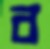
ব